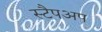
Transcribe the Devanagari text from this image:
स्टैपअप